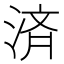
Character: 済